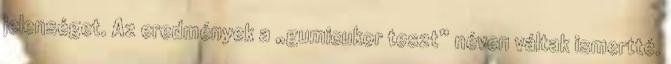
jelenséget. Az eredmények a „gumicukor teszt” néven váltak ismertté.